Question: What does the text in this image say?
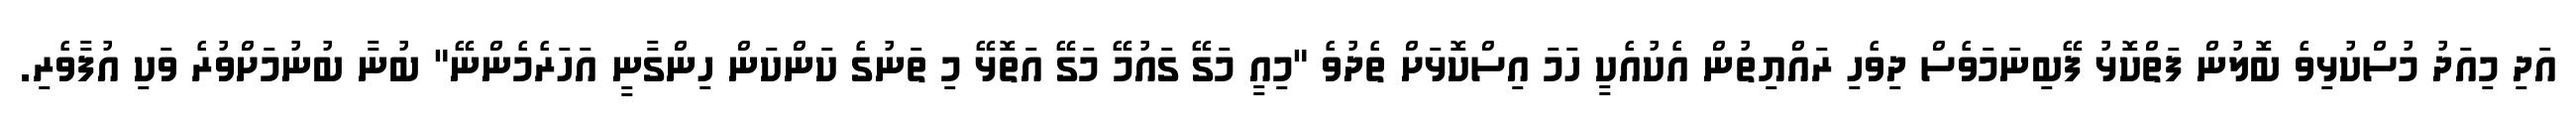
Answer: އަދި މިއަދު މުސްކުޅިވެ ބޮލުން ފަތްކޮޅު ފޭބިނަމަވެސް ދިވެހި ރައްޔިތުން އެކުއެކީ ހަމަ އިސްކޮޅަށް ތެދުވެ "މިއީ މަގޭ ގައުމޭ މަގޭ އަތޮޅޭ މި ތަނުގެ ކަންކަން ހިންގާނީ އަހަރެމެންނޭ" ބުނާ ބުނުމަށްވުރެ ވަކި އުފާވެރި.